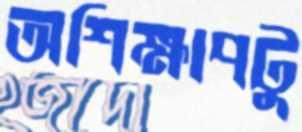
অশিক্ষাপটু